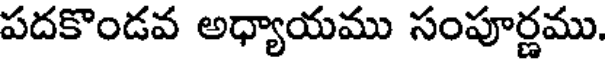
పదకొండవ అధ్యాయము సంపూర్ణము.